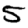
Digit: 5